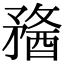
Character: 𥎈